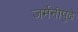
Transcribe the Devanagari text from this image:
जर्मनीपुढे